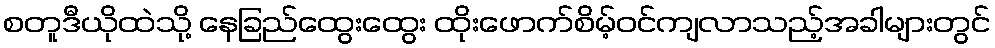
စတူဒီယိုထဲသို့ နေခြည်ထွေးထွေး ထိုးဖောက်စိမ့်ဝင်ကျလာသည့်အခါများတွင်